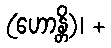
(ဟောန္တိ)၊ +